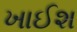
ખાઈશ